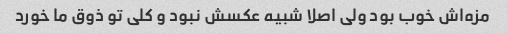
مزه‌اش خوب بود ولی اصلا شبیه عکسش نبود و کلی تو ذوق ما خورد